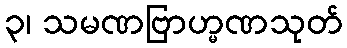
၃၊ သမဏဗြာဟ္မဏသုတ်